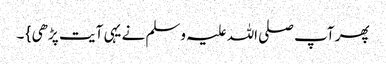
پھر آپ صلی اللہ علیہ وسلم نے یہی آیت پڑھی } ۔